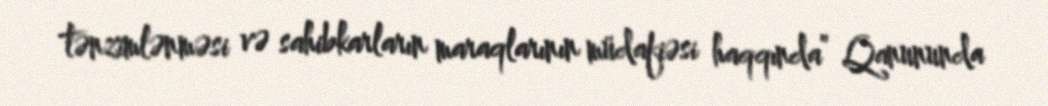
tənzimlənməsi və sahibkarların maraqlarının müdafiəsi haqqında” Qanununda